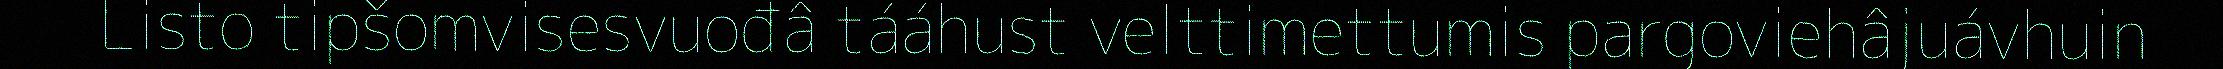
Listo tipšomvisesvuođâ tááhust velttimettumis pargoviehâjuávhuin